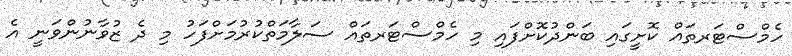
ހެމްސްޓަރތައް ކޮށީގައި ބަންދުކޮށްފައި މި ހެމްސްޓަރތައް ސަލާމަތްކުރުމަށްފަހު މި ދެ ޒުވާނުންވަނީ އެ